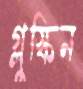
গ্লুস্কিন